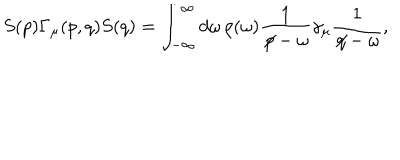
LaTeX: S ( p ) \Gamma _ { \mu } ( p , q ) S ( q ) = \int _ { - \infty } ^ { \infty } d \omega \, \rho ( \omega ) \frac { 1 } { \not \! p - \omega } \gamma _ { \mu } \frac { 1 } { \not \! q - \omega } ,